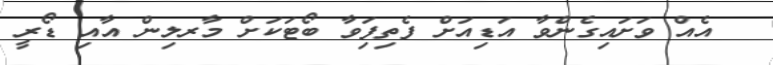
އެއް ވަށައިގެންވާ އަޑިއަށް ފެތިފަިވާ ބޯޓަކަށް މާރލިން އާއި ޑޯރީ